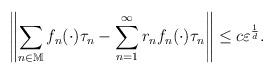
LaTeX: \begin{align*}\left\| \sum_{n\in \mathbb{M}}f_n(\cdot)\tau_n-\sum_{n=1}^{\infty}r_nf_n(\cdot)\tau_n\right\|\leq c \varepsilon^\frac{1}{d}.\end{align*}